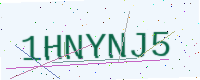
Text: 1HNYNJ5